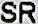
SR